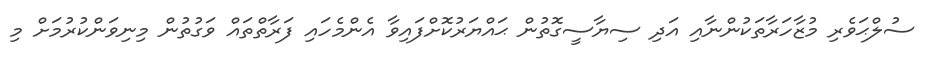
ސުލްޙަވެރި މުޒާހަރާތަކުންނާއި އަދި ސިޔާސީގޮތުން ޙައްޔަރުކޮށްފައިވާ އެންމެހައި ފަރާތްތައް ވަގުތުން މިނިވަންކުރުމަށް މި